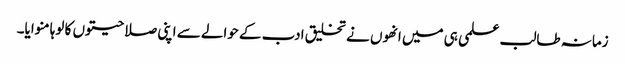
زمانہ طالب علمی ہی میں انھوں نے تخلیق ادب کے حوالے سے اپنی صلاحیتوں کا لوہا منوایا۔